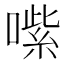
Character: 㗪